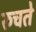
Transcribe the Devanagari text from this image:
रुचते